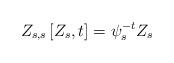
LaTeX: \begin{align*}Z_{s,s} \left[ Z_s,t\right] = \psi_s^{-t} Z_s\end{align*}